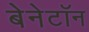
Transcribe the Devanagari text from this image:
बेनेटॉन